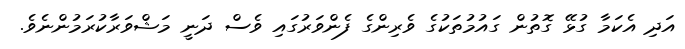
އަދި އެކަމާ ގުޅޭ ގޮތުން ގައުމުތަކުގެ ވެރިންގެ ފެންވަރުގައި ވެސް ދަނީ މަޝްވަރާކުރަމުންނެވެ.